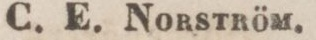
C. E. Norström.